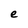
Character: e